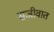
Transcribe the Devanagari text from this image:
सजीवात